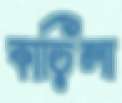
কাড়িলা